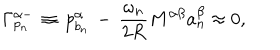
\Gamma _ { p _ { n } } ^ { \alpha - } \, \equiv \, p _ { b _ { n } } ^ { \alpha } \, - \, \frac { \omega _ { n } } { 2 R } M ^ { \alpha \beta } a _ { n } ^ { \beta } \approx 0 , \, \, \, \, \, \, \,